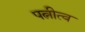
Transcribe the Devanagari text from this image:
पत्नीत्व